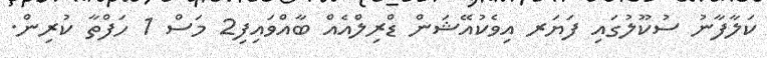
ކަލާފާނު ސުކޫލުގައި ފަޔަރ އިވެކުއޭޝަން ޑްރިލްއެއް ބާއްވައިފި2 މަސް 1 ހަފްތާ ކުރިން.